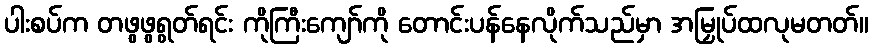
ပါးစပ်က တဖွဖွရွတ်ရင်း ကိုကြီးကျော်ကို တောင်းပန်နေလိုက်သည်မှာ အမြှုပ်ထလုမတတ်။